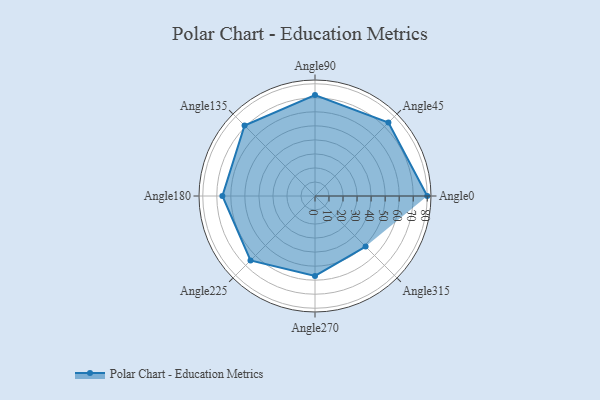
{"axis": {"x": "Angle", "y": "Radius"}, "legend": [""], "data": [{"x": "Angle0", "y": 80.0, "type": ""}, {"x": "Angle45", "y": 74.0, "type": ""}, {"x": "Angle90", "y": 72.0, "type": ""}, {"x": "Angle135", "y": 71.0, "type": ""}, {"x": "Angle180", "y": 66.0, "type": ""}, {"x": "Angle225", "y": 65.0, "type": ""}, {"x": "Angle270", "y": 57.0, "type": ""}, {"x": "Angle315", "y": 51.0, "type": ""}]}